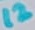
Text: 12